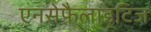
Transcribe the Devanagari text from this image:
एनसेफ़ैलाइटिज